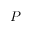
P